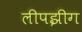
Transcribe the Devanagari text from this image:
लीपझीग